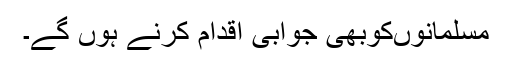
مسلمانوںکوبھی جوابی اقدام کرنے ہوں گے۔